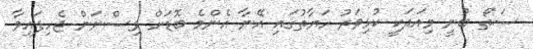
ސަތޯ ބުނީ މިއަދަކީ ކުޅިވަރު ހަޔާތުގައި އޭނާ އެންމެ ބޮޑަށް ވިސްނަން ޖެހިފައިވާ